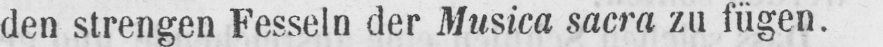
den strengen Fesseln der Musica sacra zu fügen.